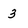
Character: 3